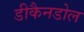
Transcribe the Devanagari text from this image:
डीकैनडोल